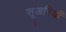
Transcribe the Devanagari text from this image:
सूअरियाँ